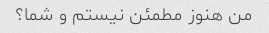
من هنوز مطمئن نیستم و شما؟